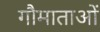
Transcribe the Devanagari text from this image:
गौमाताओं